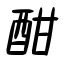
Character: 酣